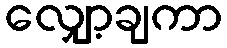
လျှော့ချကာ